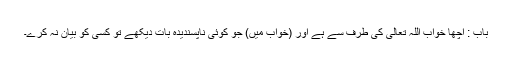
باب : اچھا خواب اللہ تعالیٰ کی طرف سے ہے اور (خواب میں) جو کوئی ناپسندیدہ بات دیکھے تو کسی کو بیان نہ کرے۔